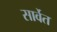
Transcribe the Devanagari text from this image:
सार्वेत